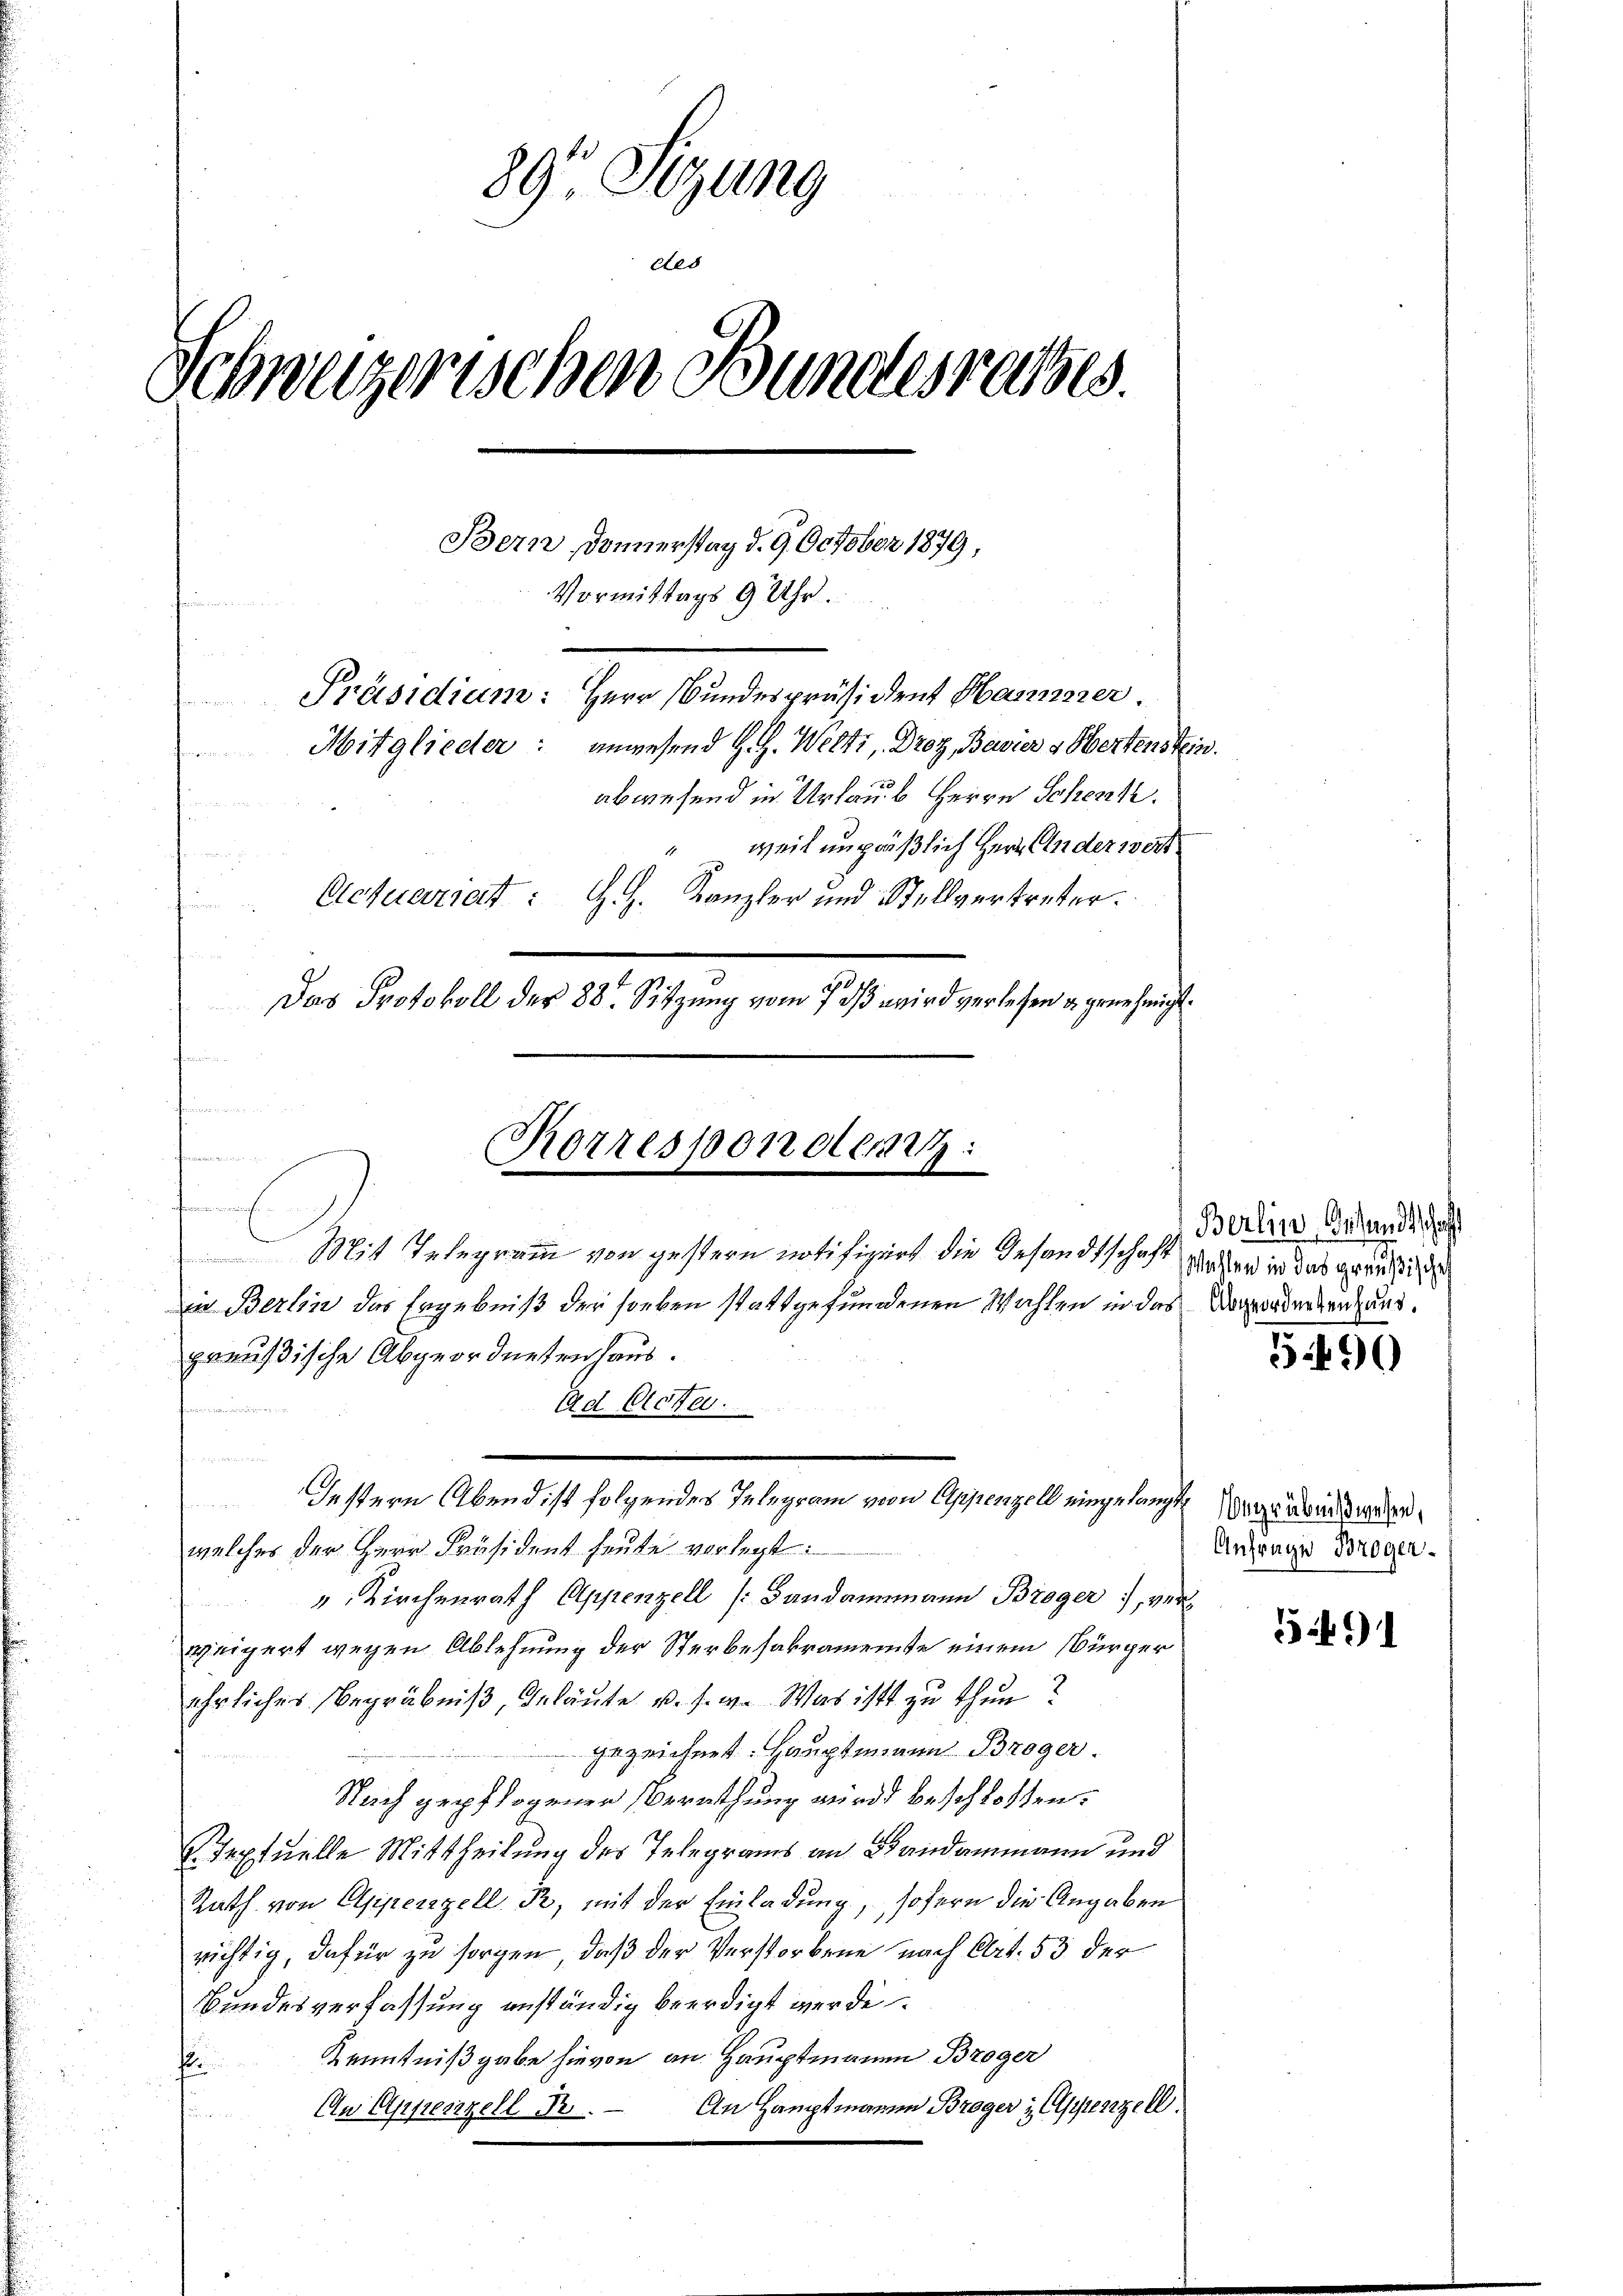
89 Setzung
des
Schweizerischen Bundesrathes.
Bern Donnerstag d. 9. October 1879,
Vormittags 9 Uhr.
Präsidium: Herr Bundespräsident Hammer.
Mitglieder: anwesend H. H. Welti, Droz, Bavier & Hertenstein.
abwesend in Urlaub Herrn Schenk.
" weil unpräßlich Herr Anderwert
Actuariat. G. H. Kanzler und Stellvertreter.
0
Das Protokoll der 88. Sitzung vom 7 dß wird verlesen a genehmigt.

t
e
de

Mit Telegramm von gestern notifizirt die Gesandtschaft
in Berlin das Ergebniß der soeben stattgefundenen Wahlen in das Verordersenhang.
preußische Abgeordnetenhaus.
welches der Herr Präsident heute verlegt:
" Kirchenrath Appenzell (Bandammann Broger, ver
weigert wegen Ablehnung der Sterbesakramente einem Bürgerehrliches Begräbniß, Inläute u. s. w. Was ist zu thun?
gezeichnet. Hauptmann Broger.
Nach gepflogenen Berathung wird beschlossen:
. Textuelle Mittheilung des Telegrams an Bandammann und
Rath von Appenzell B, mit der Einladung, sofern die Angaben
richtig, dafür zu sorgen, daß der Verstorbene nach Art. 53 der
Bundesverfassung anständig beerdigt werde
Kenntnißgabe hievon an Hauptmann Broger
f
An Hauptmann Broger & Appenzell
An Appenzell Br
tun

Korresponden:

Ad Acta.

Jestern Abend ist folgendes Telegram von Appenzell eingelangt gebends wegen¬

Berlin, Gesandtschaft
Wahlen in das greußisches

5490

Anfrage Broger

5491